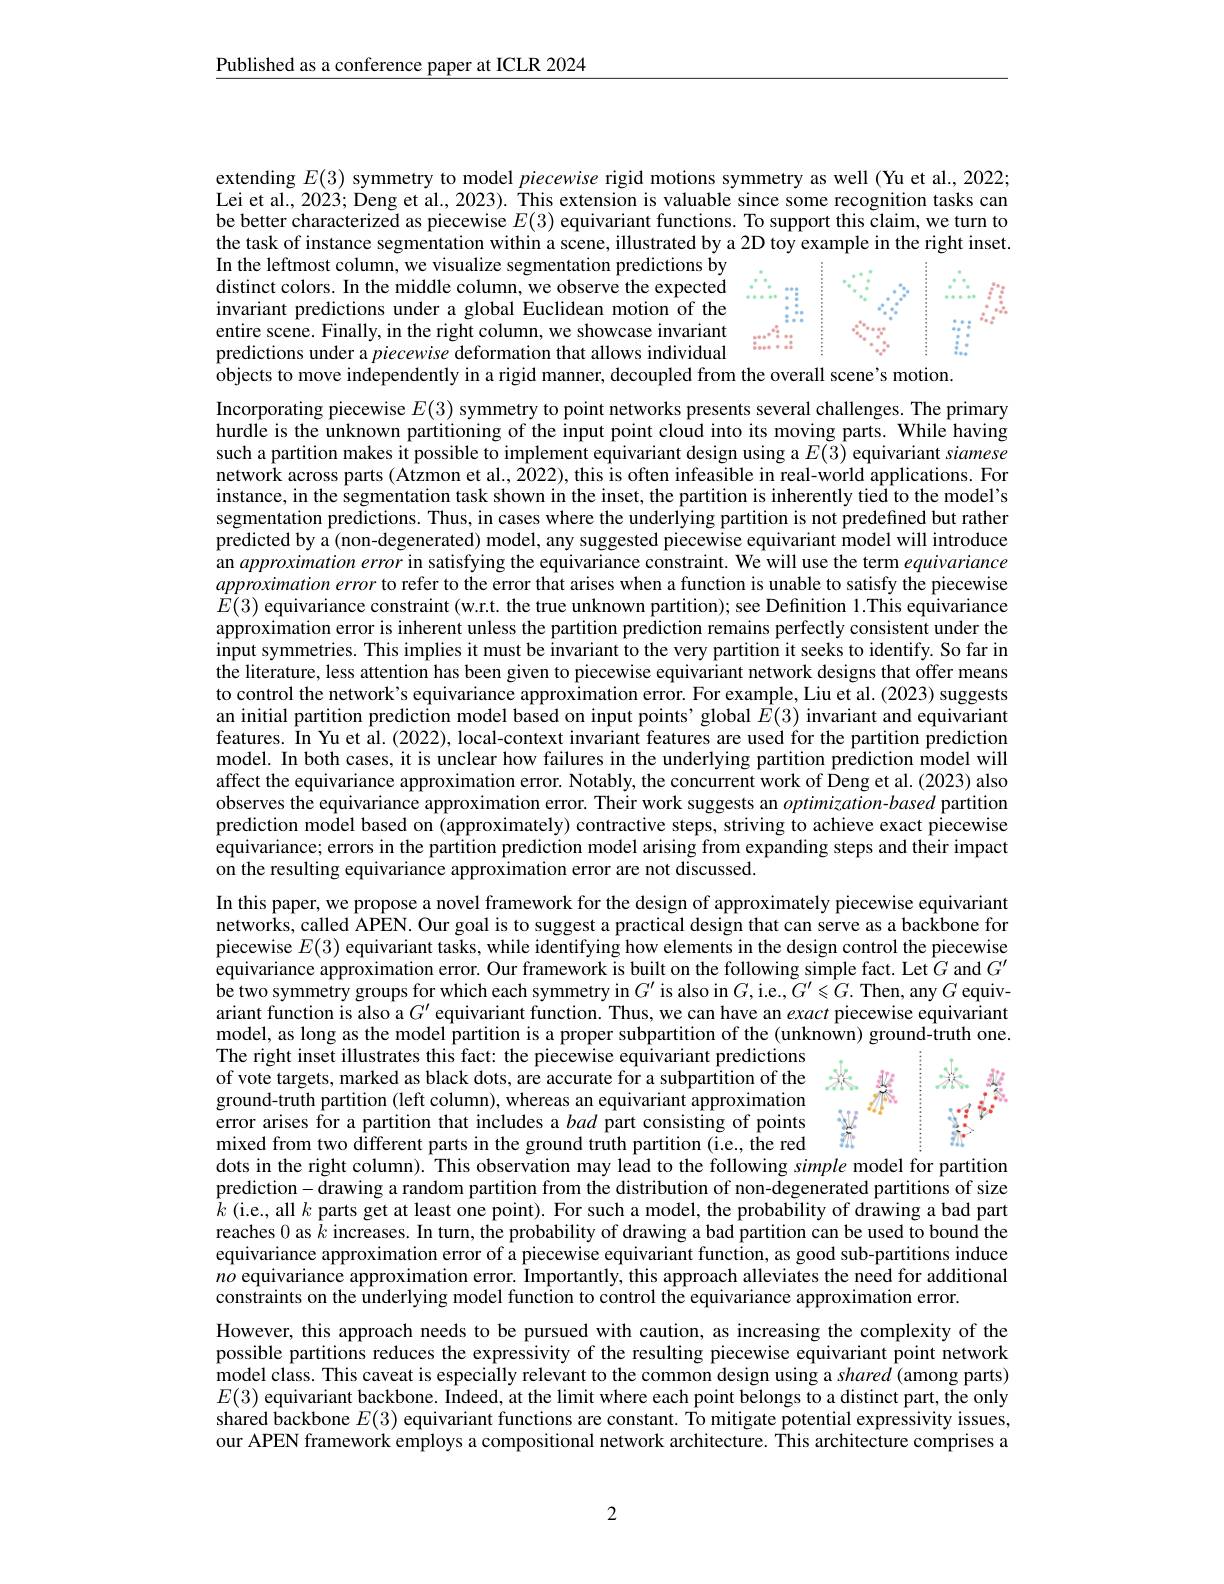
Published as a conference paper at ICLR 2024

extending $E(3)$ symmetry to model piecewise rigid motions symmetry as well (Yu et al., 2022; Lei et al., 2023; Deng et al., 2023). This extension is valuable since some recognition tasks cam be better characterized as piecewise $E(3)$ equivariant functions. To support this claim, we turn to the task of instance segmentation within a scene, illustrated by a 2D toy example in the right inset.

In the leftmost column, we visualize segmentation predictions by distinct colors. In the middle column, we observe the expected invariant predictions under a global Euclidean motion of the
<FigureHere>
entire scene. Finally, in the right column, we showcase invariant predictions under a piecewise deformation that allows individual $\dot{\text{objects to move independently in a rigid manner, decoupled from the overall scene's motion.}}$

Incorporating piecewise $E(3)$ symmetry to point networks presents several challenges. The primary hurdle is the unknown partitioning of the input point cloud into its moving parts. While having such a partition makes it possible to implement equivariant design using a $E(3)$ equivariant siamese network across parts (Atzmon et al., 2022), this is often infeasible in real-world applications. For instance, in the segmentation task shown in the inset, the partition is inherently tied to the model's segmentation predictions. Thus, in cases where the underlying partition is not predefined but rather predicted by a (non-degenerated) model, any suggested piecewise equivariant model will introduce an approximationerror in satisfying the equivariance constraint. We will use the term equivariance approximationerror to refer to the error that arises when a function is unable to satisfy the piecewise $E(3)$ equivariance constraint (w.r.t. the true unknown partition); see Definition 1.This equivariance approximation error is inherent unless the partition prediction remains perfectly consistent under the input symmetries. This implies it must be invariant to the very partition it seeks to identify. So far in the literature, less attention has been given to piecewise equivariant network designs that offer means to control the network's equivariance approximation error. For example, Liu et al. (2023) suggests an initial partition prediction model based on input points' global $\hat{E}(3)$ invariant and equivariant features. In Yu et al. (2022), local-context invariant features are used for the partition prediction model. In both cases, it is unclear how failures in the underlying partition prediction model will affect the equivariance approximation error. Notably, the concurrent work of Deng et al. (2023) also observes the equivariance approximation error. Their work suggests an $optimization-based$ partition prediction model based on (approximately) contractive steps, striving to achieve exact piecewise equivariance; errors in the partition prediction model arising from expanding steps and their impact on the resulting equivariance approximation error are not discussed.
In this paper, we propose a novel framework for the design of approximately piecewise equivariant networks, called APEN. Our goal is to suggest a practical design that can serve as a backbone for piecewise $E(3)$ equivariant tasks, while identifying how elements in the design control the piecewise equivariance approximation error. Our framework is built on the following simple fact. Let $\tilde{G}$ and $G^\prime$ be two symmetry groups for which each symmetry in $G^\prime$ is also in $G$,i.e.$G^\prime\leqslant G.$ Then, any $G$ equivariant function is also a $G^{\prime}$ equivariant function. Thus, we can have an exact piecewise equivariant model, as long as the model partition is a proper subpartition of the (unknown) ground-truth one. The right inset illustrates this fact: the piecewise equivariant predictions of vote targets, marked as black dots, are accurate for a subpartition of the
<FigureHere>
ground-truth partition (left column), whereas an equivariant approximation error arises for a partition that includes a bad part consisting of points mixed from two different parts in the ground truth partition (i.e., the red dots in the right column). This observation may lead to the following simple model for partition prediction- drawing a random partition from the distribution of non-degenerated partitions of size $\bar{k}$ (i.e, all $k$ parts get at least one point). For such a model, the probability of drawing a bad part reaches 0 as $k$ increases. In turn, the probability of drawing a bad partition can be used to bound the equivariance approximation error of a piecewise equivariant function, as good sub-partitions induce $no$ equivariance approximation error. Importantly, this approach alleviates the need for additional constraints on the underlying model function to control the equivariance approximation error.
However, this approach needs to be pursued with caution, as increasing the complexity of the possible partitions reduces the expressivity of the resulting piecewise equivariant point network model class. This caveat is especially relevant to the common design using a shared (among parts) $E(3)$ equivariant backbone. Indeed, at the limit where each point belongs to a distinct part, the only shared $\hat{\text{backbone }E}(3)$ equivariant functions are constant. To mitigate potential expressivity issues, our APEN framework employs a compositional network architecture. This architecture comprises a

2